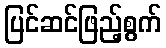
ပြင်ဆင်ဖြည့်စွက်